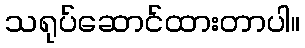
သရုပ်ဆောင်ထားတာပါ။